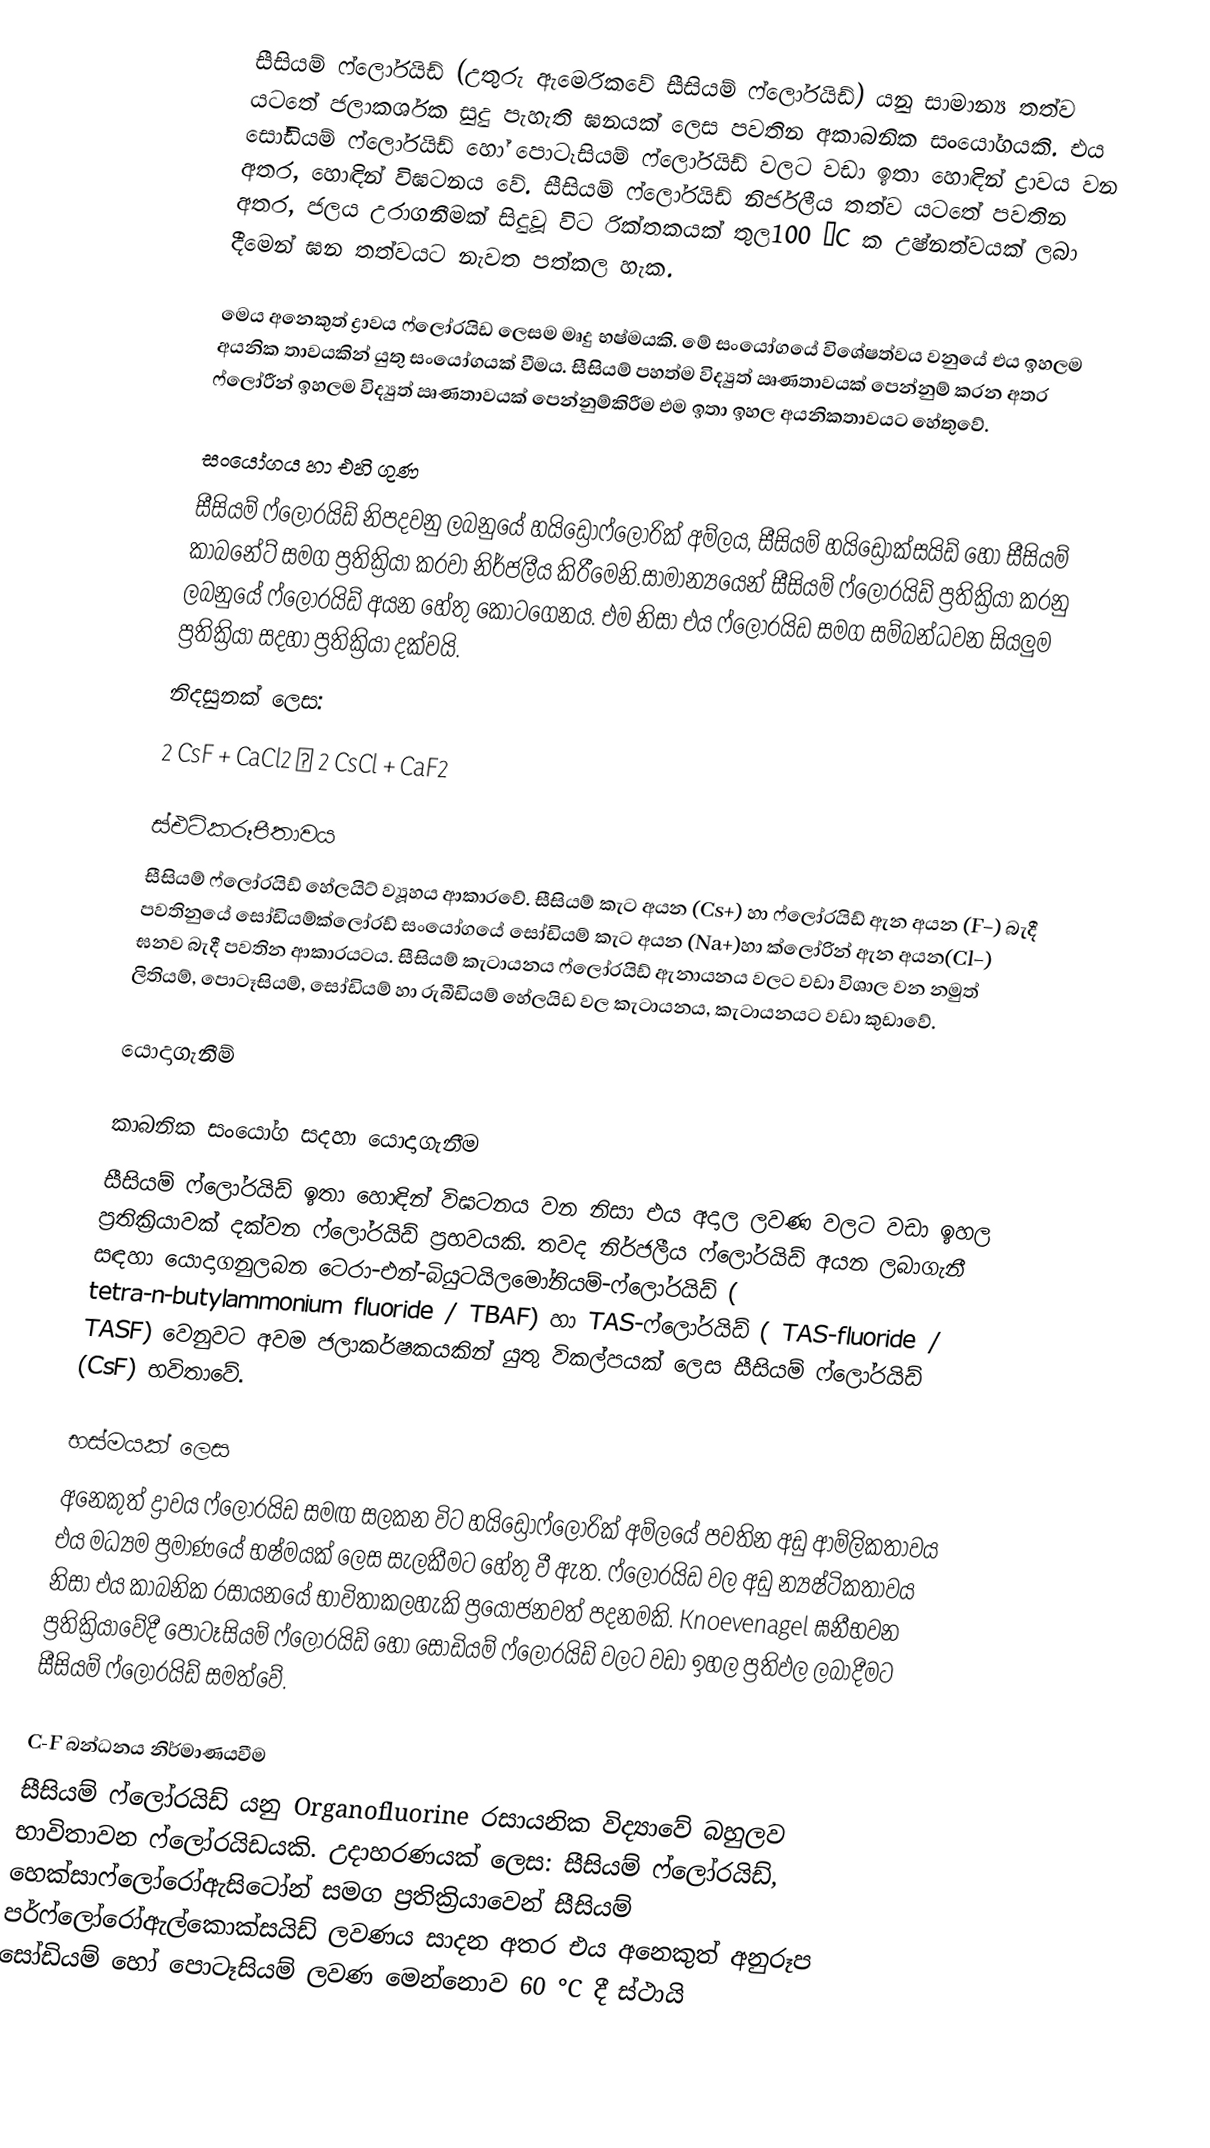
සීසියම් ෆ්ලෝරයිඩ් (උතුරු ඇමෙරිකවේ සීසියම් ෆ්ලෝරයිඩ්) යනු සාමාන්‍ය තත්ව යටතේ ජලාකර්ශක සුදු පැහැති ඝනයක් ලෙස පවතින අකාබනික සංයෝගයකි. එය සෝඩියම් ෆ්ලෝරයිඩ් හෝ පොටෑසියම් ෆ්ලෝරයිඩ් වලට වඩා ඉතා හොඳින් ද්‍රාවය වන අතර, හොඳින් විඝටනය වේ. සීසියම් ෆ්ලෝරයිඩ් නිර්ජලීය තත්ව යටතේ පවතින අතර, ජලය උරාගනීමක් සිදුවූ විට රික්තකයක් තුල100 °C ක උෂ්නත්වයක් ලබා දීමෙන් ඝන තත්වයට නැවත පත්කල හැක.

මෙය අනෙකුත් ද්‍රාවය ෆ්ලෝරයිඩ ලෙසම මෘදු භෂ්මයකි. මේ සංයෝගයේ විශේෂත්වය වනුයේ එය ඉහලම අයනික තාවයකින් යුතු සංයෝගයක් වීමය. සීසියම් පහත්ම විද්‍යුත් ඍණතාවයක් පෙන්නුම් කරන අතර ෆ්ලෝරීන් ඉහලම විද්‍යුත් ඍණතාවයක් පෙන්නුම්කිරීම එම ඉතා ඉහල අයනිකතාවයට හේතුවේ.

සංයෝගය හා එහි ගුණ
සීසියම් ෆ්ලෝරයිඩ් නිපදවනු ලබනුයේ හයිඩ්‍රොෆ්ලෝරික් අම්ලය, සීසියම් හයිඩ්‍රොක්සයිඩ් හෝ සීසියම් කාබනේට් සමග ප්‍රතික්‍රියා කරවා නිර්ජලීය කිරීමෙනි.සාමාන්‍යයෙන් සීසියම් ෆ්ලෝරයිඩ් ප්‍රතික්‍රියා කරනු ලබනුයේ ෆ්ලෝරයිඩ් අයන හේතු කොටගෙනය. එම නිසා එය ෆ්ලෝරයිඩ සමග සම්බන්ධවන සියලුම ප්‍රතික්‍රියා සදහා ප්‍රතික්‍රියා දක්වයි.
නිදසුනක් ලෙස:
2 CsF + CaCl2 → 2 CsCl + CaF2

ස්එටිකරූපීතාවය
සීසියම් ෆ්ලෝරයිඩ් හේලයිට් ව්‍යූහය ආකාරවේ. සීසියම් කැට අයන (Cs+) හා ෆ්ලෝරයිඩ් ඇන අයන (F−) බැදී පවතිනුයේ සෝඩියම්ක්ලෝරඩ් සංයෝගයේ සෝඩියම් කැට අයන (Na+)හා ක්ලෝරින් ඇන අයන(Cl−) ඝනව බැදී පවතින ආකාරයටය. සීසියම් කැටායනය ෆ්ලෝරයිඩ් ඇනායනය වලට වඩා විශාල වන නමුත් ලිතියම්, පොටෑසියම්, සෝඩියම් හා රුබීඩියම් හේලයිඩ වල කැටායනය, කැටායනයට වඩා කුඩාවේ.

යොදාගැනීම්

කාබනික සංයෝග සදහා යොදාගැනීම
සීසියම් ෆ්ලෝරයිඩ් ඉතා හොඳින් විඝටනය වන නිසා එය අදාල ලවණ වලට වඩා ඉහල ප්‍රතික්‍රියාවක් දක්වන ෆ්ලෝරයිඩ් ප්‍රභවයකි. තවද නිර්ජලීය ෆ්ලෝරයිඩ් අයන ලබාගැනී සඳහා යොදාගනුලබන ටෙරා-එන්-බියුටයිලමෝනියම්-ෆ්ලෝරයිඩ් ( tetra-n-butylammonium fluoride / TBAF) හා TAS-ෆ්ලෝරයිඩ් ( TAS-fluoride / TASF) වෙනුවට අවම ජලාකර්ෂකයකින් යුතු විකල්පයක් ලෙස සීසියම් ෆ්ලෝරයිඩ් (CsF) භවිතාවේ.

භස්මයක් ලෙස
අනෙකුත් ද්‍රාවය ෆ්ලෝරයිඩ සමඟ සලකන විට හයිඩ්‍රෝෆ්ලෝරික් අම්ලයේ පවතින අඩු ආම්ලිකතාවය එය මධ්‍යම ප්‍රමාණයේ භෂ්මයක් ලෙස සැලකීමට හේතු වී ඇත. ෆ්ලෝරයිඩ වල අඩු න්‍යෂ්ටිකතාවය නිසා එය කාබනික රසායනයේ භාවිතාකලහැකි ප්‍රයෝජනවත් පදනමකි. Knoevenagel ඝනීභවන ප්‍රතික්‍රියාවේදී පොටෑසියම් ෆ්ලෝරයිඩ් හෝ සෝඩියම් ෆ්ලෝරයිඩ් වලට වඩා ඉහල ප්‍රතිඵල ලබාදීමට සීසියම් ෆ්ලෝරයිඩ් සමත්වේ.

C-F බන්ධනය නිර්මාණයවීම
සීසියම් ෆ්ලෝරයිඩ් යනු Organofluorine රසායනික විද්‍යාවේ බහුලව භාවිතාවන ෆ්ලෝරයිඩයකි. උදාහරණයක් ලෙස: සීසියම් ෆ්ලෝරයිඩ්, හෙක්සාෆ්ලෝරෝඇසිටෝන් සමග ප්‍රතික්‍රියාවෙන් සීසියම් පර්ෆ්ලෝරෝඇල්කොක්සයිඩ් ලවණය සාදන අතර එය අනෙකුත් අනුරූප සෝඩියම් හෝ පොටෑසියම් ලවණ මෙන්නොව 60 °C දී ස්ථායි